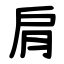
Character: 肩